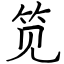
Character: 笕